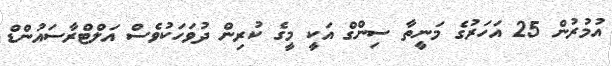
އުމުރުން 25 އަހަރުގެ މަނީތާ ސިންގް އަކީ މީގެ ކުރިން ދުވަހަކުވެސް އަލްޓްރާސައުންޑް